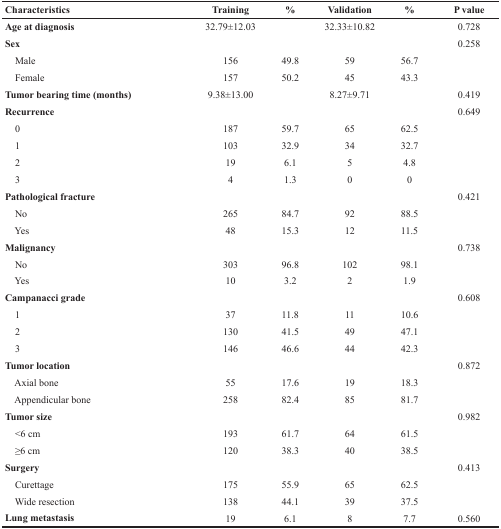
| Characteristics | Training | % | Validation | % | P value |
 | --- | --- | --- | --- | --- | --- |
 | Age at diagnosis | 32.79±12.03 |  | 32.33±10.82 |  | 0.728 |
 | Sex |  |  |  |  | 0.258 |
 | Male | 156 | 49.8 | 59 | 56.7 |  |
 | Female | 157 | 50.2 | 45 | 43.3 |  |
 | Tumor bearing time (months) | 9.38±13.00 |  | 8.27±9.71 |  | 0.419 |
 | Recurrence |  |  |  |  | 0.649 |
 | 0 | 187 | 59.7 | 65 | 62.5 |  |
 | 1 | 103 | 32.9 | 34 | 32.7 |  |
 | 2 | 19 | 6.1 | 5 | 4.8 |  |
 | 3 | 4 | 1.3 | 0 | 0 |  |
 | Pathological fracture |  |  |  |  | 0.421 |
 | No | 265 | 84.7 | 92 | 88.5 |  |
 | Yes | 48 | 15.3 | 12 | 11.5 |  |
 | Malignancy |  |  |  |  | 0.738 |
 | No | 303 | 96.8 | 102 | 98.1 |  |
 | Yes | 10 | 3.2 | 2 | 1.9 |  |
 | Campanacci grade |  |  |  |  | 0.608 |
 | 1 | 37 | 11.8 | 11 | 10.6 |  |
 | 2 | 130 | 41.5 | 49 | 47.1 |  |
 | 3 | 146 | 46.6 | 44 | 42.3 |  |
 | Tumor location |  |  |  |  | 0.872 |
 | Axial bone | 55 | 17.6 | 19 | 18.3 |  |
 | Appendicular bone | 258 | 82.4 | 85 | 81.7 |  |
 | Tumor size |  |  |  |  | 0.982 |
 | <6 cm | 193 | 61.7 | 64 | 61.5 |  |
 | ≥6 cm | 120 | 38.3 | 40 | 38.5 |  |
 | Surgery |  |  |  |  | 0.413 |
 | Curettage | 175 | 55.9 | 65 | 62.5 |  |
 | Wide resection | 138 | 44.1 | 39 | 37.5 |  |
 | Lung metastasis | 19 | 6.1 | 8 | 7.7 | 0.560 |